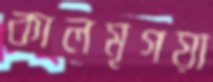
কালমৃগয়া